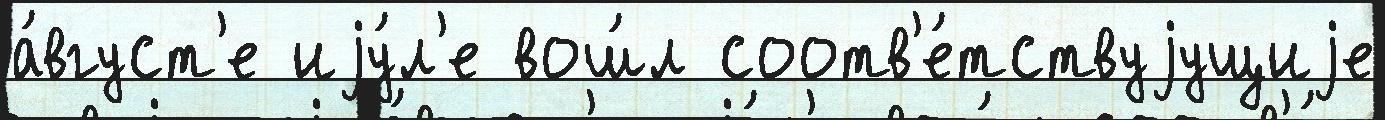
а́вгуст'е иjу́л'е вош́л соотв'е́тствуjущиjе